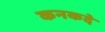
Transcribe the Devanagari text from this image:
कनकदे